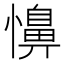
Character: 𢣦